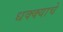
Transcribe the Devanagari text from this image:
धक्क्याचे